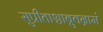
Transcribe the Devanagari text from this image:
सुप्रीताश्चाब्रुवन्रामं